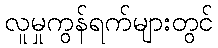
လူမှုကွန်ရက်များတွင်